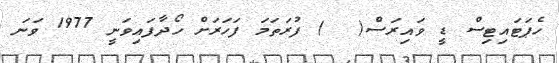
ހެޕަޓައިޓިސް ޑީ ވައިރަސް(  ) ފުރަތަމަ ފަހަރަށް ހޯދާފައިވަނީ 1977 ވަނަ